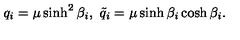
q _ { i } = \mu \sinh ^ { 2 } \beta _ { i } , \ \tilde { q } _ { i } = \mu \sinh \beta _ { i } \cosh \beta _ { i } .